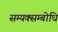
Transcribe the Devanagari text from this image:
सम्यक्सम्बोधि